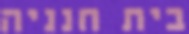
בית חנניה